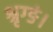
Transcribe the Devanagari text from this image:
श्रृग्ङं।